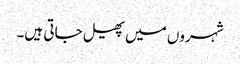
شہروں میں پھیل جاتی ہیں۔